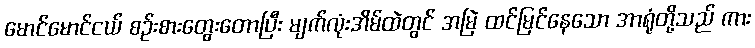
မောင်မောင်ငယ် စဉ်းစားတွေးတောပြီး မျက်လုံးအိမ်ထဲတွင် အမြဲ ထင်မြင်နေသော အာရုံတို့သည် ကား